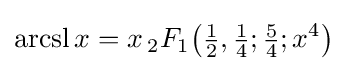
\operatorname {arcsl} x=x\,{}_{2}F_{1}{\bigl (}{\tfrac {1}{2}},{\tfrac {1}{4}};{\tfrac {5}{4}};x^{4}{\bigr )}